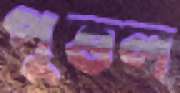
পুত্তল